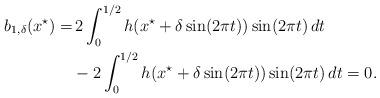
LaTeX: \begin{align*}\begin{aligned}b_{1,\delta}(x^\star) =&\, 2\int_{0}^{1/2}h(x^\star+\delta\sin(2\pi t))\sin(2\pi t)\,dt\\ &- 2\int_{0}^{1/2}h(x^\star+\delta\sin(2\pi t))\sin(2\pi t)\,dt =0.\end{aligned}\end{align*}